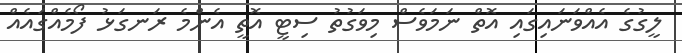
ލީގުގެ އެއްވަނައިގައި އޮތް ނަމަވެސް މިވަގުތު ސިޓީ އޮތީ އެންމެ ރަނގަޅު ފޯމެއްގައެއް